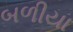
બળીયા